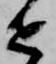
せ